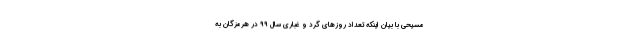
مسیحی با بیان اینکه تعداد روزهای گرد و غباری سال ۹۹ در هرمزگان به